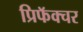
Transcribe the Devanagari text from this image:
प्रिफॅक्चर